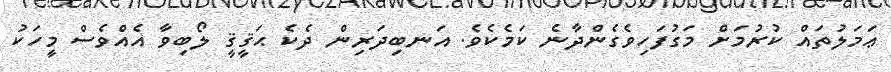
ޢަމަލުތައް ކުރުމަށް މަގުފަހިވެގެންދާނެ ކަމެކެވެ. އަނބިދަރިން ދެކެ ޙަޤީޤީ ލޯބިވާ އެއްވެސް މީހަކު